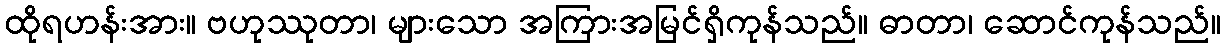
ထိုရဟန်းအား။ ဗဟုဿုတာ၊ များသော အကြားအမြင်ရှိကုန်သည်။ ဓာတာ၊ ဆောင်ကုန်သည်။